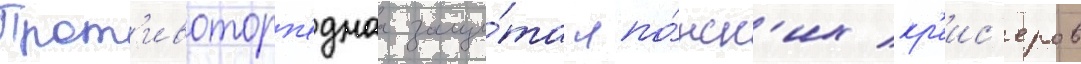
Прот'ивоторп'еднаа защи́та япо́нск'их кр'еис'еров